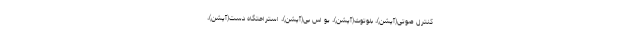
کنترل صوتی(آپشن)، بلوتوث(آپشن)، یو اس بی(آپشن)، استراحتگاه دست(آپشن)،